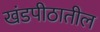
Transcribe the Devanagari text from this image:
खंडपीठातील